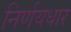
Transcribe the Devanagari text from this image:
निर्णयधार